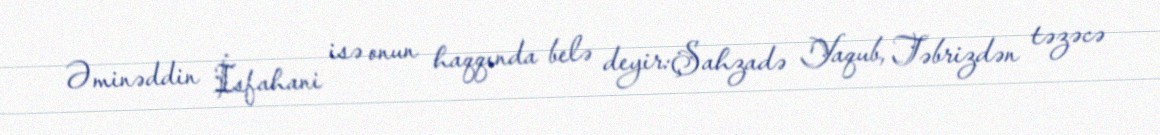
Əminəddin İsfahani isə onun haqqında belə deyir:Şahzadə Yaqub, Təbrizdən təzəcə